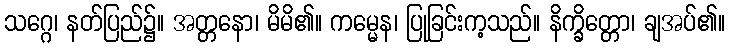
သဂ္ဂေ၊ နတ်ပြည်၌။ အတ္တနော၊ မိမိ၏။ ကမ္မေန၊ ပြုခြင်းက့သည်။ နိက္ခိတ္တော၊ ချအပ်၏။